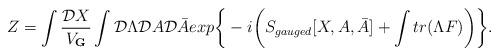
LaTeX: \begin{align*}Z = \int {{\cal D}X \over V_{\bf G}} \int {\cal D} \Lambda {\cal D} A {\cal D} \bar{A}exp \bigg\{ -i \bigg( S_{gauged}[X,A,\bar{A}] + \int tr(\Lambda F) \bigg) \bigg\}.\end{align*}